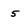
Character: 5